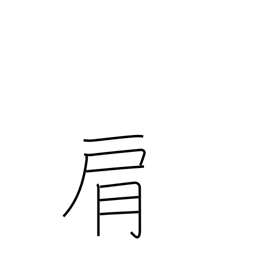
Meaning: shoulder